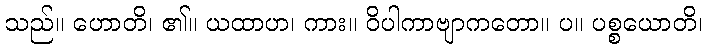
သည်။ ဟောတိ၊ ၏။ ယထာဟ၊ ကား။ ဝိပါကာဗျာကတော။ ပ။ ပစ္စယောတိ၊